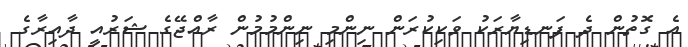
އެ ގޮތުން ދެ ފަނޑިޔާރަކު ވަކިކުރަން ނިންމި ނިންމުމުން ރާއްޖޭގެ ޝަރުއީ ދާއިރާގެ